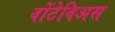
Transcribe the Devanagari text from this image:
वोंटेविअस